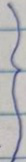
}